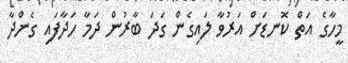
މީހާގެ އަތް ކޮނޑަށް އަރުވާ ލައިގެން ގަދަ ބާރުން ދަމާ ހަދާފައި ގެންދާ